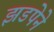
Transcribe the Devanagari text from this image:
झडपेने